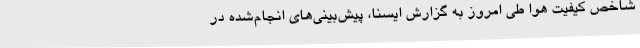
شاخص کیفیت هوا طی امروز به گزارش ایسنا، پیش‌بینی‌های انجام‌شده در